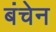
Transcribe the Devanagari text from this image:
बंचेन